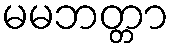
မမဘတ္တာ